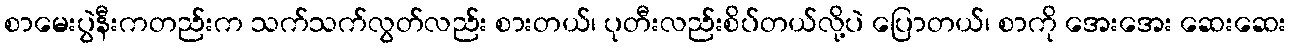
စာမေးပွဲနီးကတည်းက သက်သက်လွတ်လည်း စားတယ်၊ ပုတီးလည်းစိပ်တယ်လို့ပဲ ပြောတယ်၊ စာကို အေးအေး ဆေးဆေး